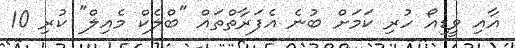
އާއި ވީޑިއޯ ހުރި ކަމަށް ބުނެ އެފަރާތްތައް "ބްލެކް މެއިލް" ކުރި 10